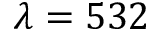
\lambda = 5 3 2